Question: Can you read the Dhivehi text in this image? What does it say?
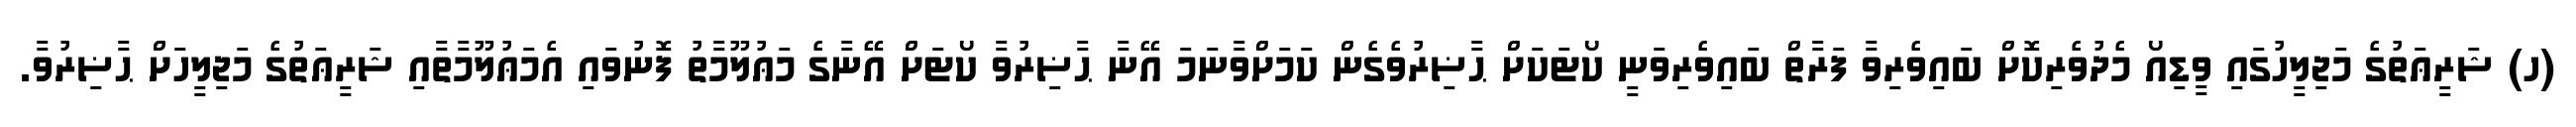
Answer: (ހ) ޝަރީޢަތުގެ މަޖިލީހުގައި ވީޑިއޯ މެދުވެރިކޮށް ބައިވެރިވާ ފަރާތް ބައިވެރިވަނީ ކޯޓަކަށް ޙާޟިރުވެގެން ކަމަށްވާނަމަ އޭނާ ޙާޟިރުވާ ކޯޓަށް އޭނާގެ މަޢުލޫމާތު ފޮނުވައި އެމަޢުލޫމާތާއި ޝަރީޢަތުގެ މަޖިލީހަށް ޙާޟިރުވާ.